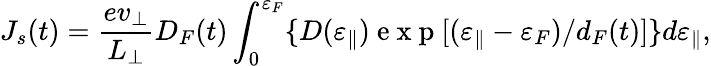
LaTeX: J_{s}(t)=\frac{ev_{\perp}}{L_{\perp}}D_{F}(t)\int_{0}^{\varepsilon_{F}}\{ D(\varepsilon_{\parallel})\mathrm{~e~x~p~}[(\varepsilon_{\parallel}-\varepsilon_{F})/d_{F}(t)]\} d{\varepsilon_{\parallel}},